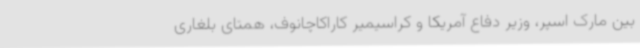
بین مارک اسپر، وزیر دفاع آمریکا و کراسیمیر کاراکاچانوف، همتای بلغاری